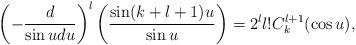
LaTeX: \begin{align*}\left( -\frac{d}{\sin udu}\right) ^{l}\left( \frac{\sin (k+l+1)u}{\sin u}\right) =2^{l}l!C_{k}^{l+1}(\cos u),\end{align*}